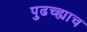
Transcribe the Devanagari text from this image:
पुढच्ह्याच